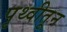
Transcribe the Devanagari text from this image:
पृथ्वीतून